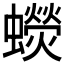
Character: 𧓌